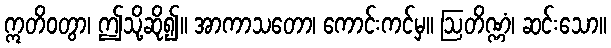
ဣတိဝတွာ၊ ဤသို့ဆို၍။ အာကာသတော၊ ကောင်းကင်မှ။ ဩတိဏ္ဏံ၊ ဆင်းသော။